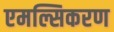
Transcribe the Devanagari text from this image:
एमल्सिकरण